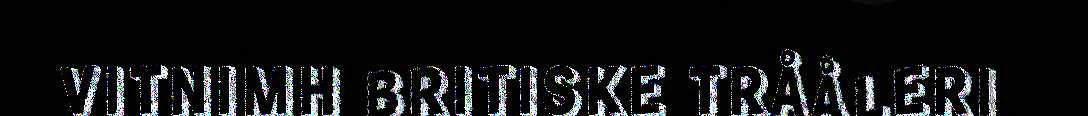
VITNIMH BRITISKE TRÅÅLERI